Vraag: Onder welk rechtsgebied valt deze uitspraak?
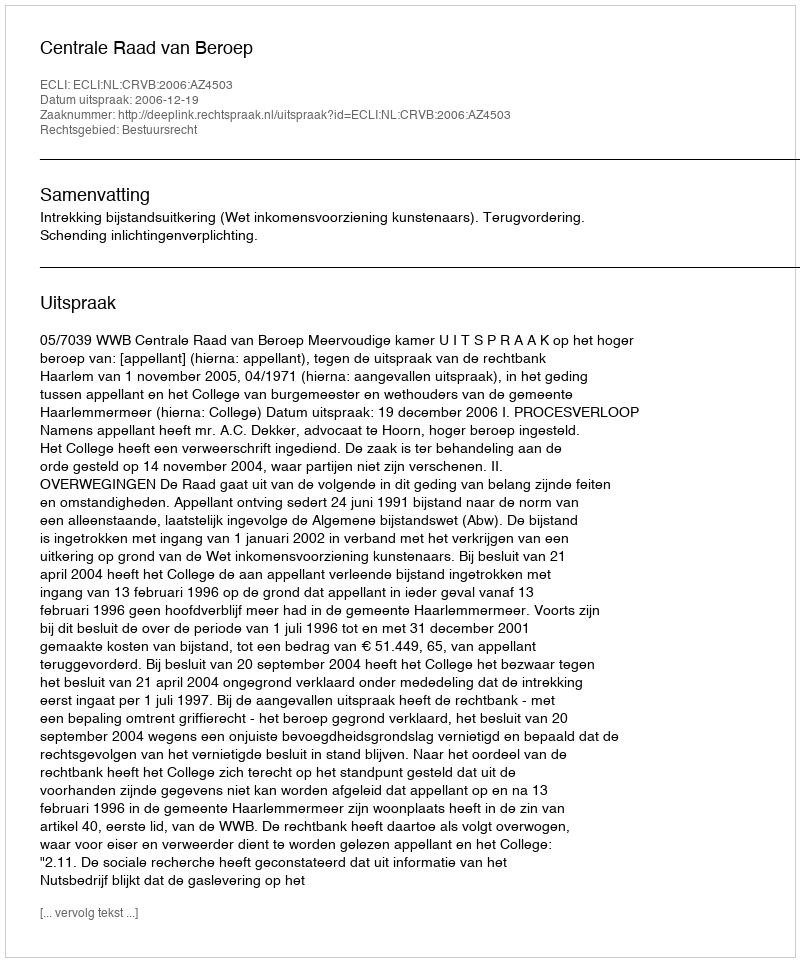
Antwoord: Bestuursrecht